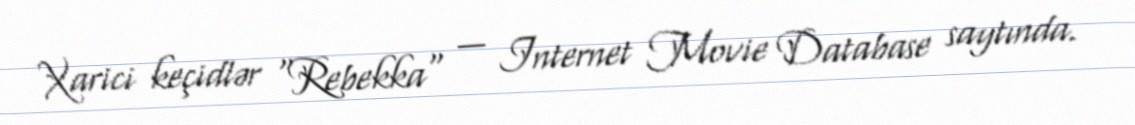
Xarici keçidlər "Rebekka" — Internet Movie Database saytında.